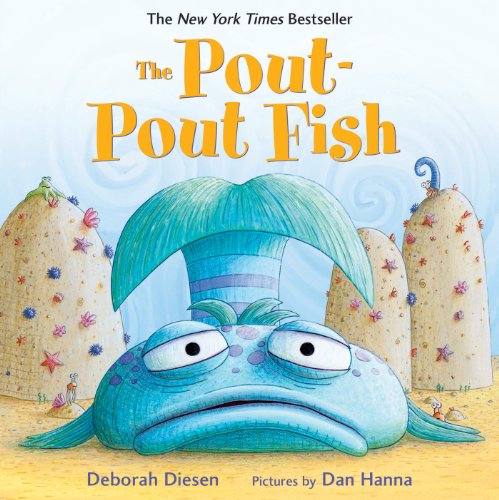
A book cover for The Pout-Pout Fish (A Pout-Pout Fish Adventure); Deborah Diesen; Children's Books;